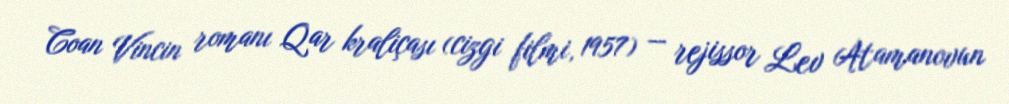
Coan Vincin romanı Qar kraliçası (cizgi filmi, 1957) — rejissor Lev Atamanovun